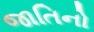
જાતિનો